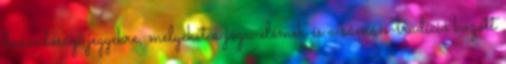
hasonlósági jegyekre, melyeket a jóga-elemek és a sámán-tradíció között